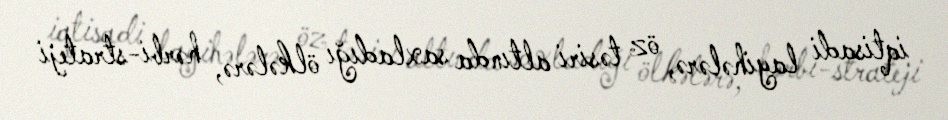
iqtisadi layihələrə, öz təsiri altında saxladığı ölkələrə, hərbi-strateji